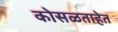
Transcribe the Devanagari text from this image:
कोसळताहेत